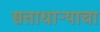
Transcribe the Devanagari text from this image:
सत्ताधार्‍याचा